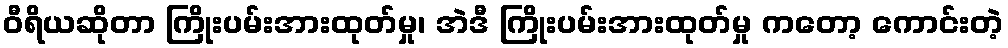
ဝီရိယဆိုတာ ကြိုးပမ်းအားထုတ်မှု၊ အဲဒီ ကြိုးပမ်းအားထုတ်မှု ကတော့ ကောင်းတဲ့